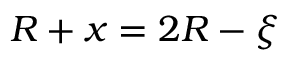
R + x = 2 R - \xi